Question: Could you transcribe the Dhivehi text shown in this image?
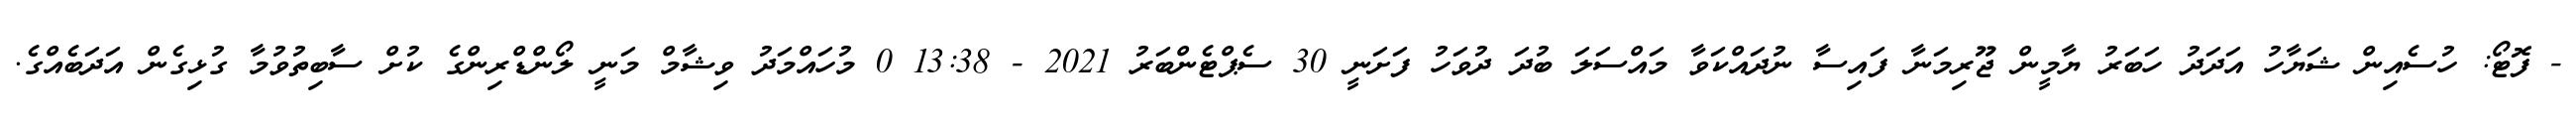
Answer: - ފޮޓޯ: ހުސެއިން ޝަޔާހު އަދަދު ހަބަރު ޔާމީން ޖޫރިމަނާ ފައިސާ ނުދައްކަވާ މައްސަލަ ބުދަ ދުވަހު ފަށަނީ 30 ސެޕްޓެންބަރު 2021 - 13:38 0 މުހައްމަދު ވިޝާމް މަނީ ލޯންޑްރިންގެ ކުށް ސާބިތުވުމާ ގުޅިގެން އަދަބެއްގެ.